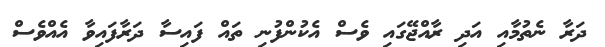
ދަރާ ނެތުމާއި އަދި ރާއްޖޭގައި ވެސް އެކުންފުނި ތައް ފައިސާ ދަރާފައިވާ އެއްވެސް